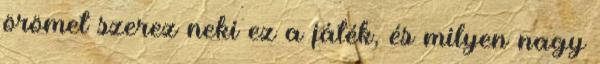
örömet szerez neki ez a játék, és milyen nagy